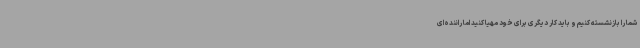
شما را بازنشسته کنیم و باید کار دیگری برای خود مهیا کنید اما راننده‌ای